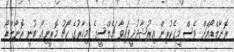
ރޮނާލްޑޯއަށް ވެސް މީގެކުރިން އިރުޝާދުދީފައިވާ ޗެލްސީގެ މިހާރުގެ ކޯޗު މޮރީނިއޯ ބުނީ ރޮނާލްޑޯ